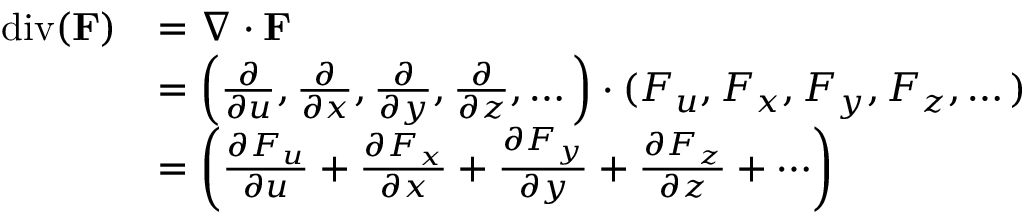
{ \begin{array} { r l } { \operatorname { d i v } ( \mathbf { F } ) } & { = \nabla \cdot \mathbf { F } } \\ & { = \left( { \frac { \partial } { \partial u } } , { \frac { \partial } { \partial x } } , { \frac { \partial } { \partial y } } , { \frac { \partial } { \partial z } } , \dots \right) \cdot ( F _ { u } , F _ { x } , F _ { y } , F _ { z } , \dots ) } \\ & { = \left( { \frac { \partial F _ { u } } { \partial u } } + { \frac { \partial F _ { x } } { \partial x } } + { \frac { \partial F _ { y } } { \partial y } } + { \frac { \partial F _ { z } } { \partial z } } + \cdots \right) } \end{array} }